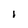
Character: l